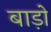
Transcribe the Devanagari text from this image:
बाड़ो